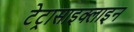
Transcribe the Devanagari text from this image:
टेट्रासाइक्लाइन